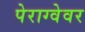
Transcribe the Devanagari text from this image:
पेराग्वेवर